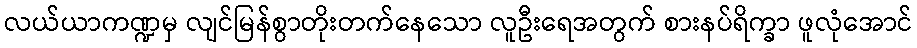
လယ်ယာကဏ္ဍမှ လျင်မြန်စွာတိုးတက်နေသော လူဦးရေအတွက် စားနပ်ရိက္ခာ ဖူလုံအောင်